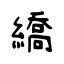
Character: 繑